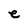
Character: e